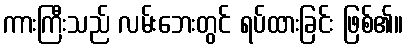
ကားကြီးသည် လမ်းဘေးတွင် ရပ်ထားခြင်း ဖြစ်၏။